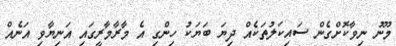
މޫނު ނިވާކޮށްގެން ސައިކަލުތަކެއް ދިޔަ ބަޔަކު ހިންގި އެ މާރާމާރީގައި އަނިޔާވި އަނެއް